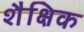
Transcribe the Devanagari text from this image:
शैक्षिक